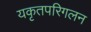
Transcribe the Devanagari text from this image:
यकृतपरिगलन